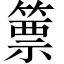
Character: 篻